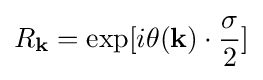
R_{\mathbf {k} }=\exp[i\mathbf {\theta (\mathbf {k} } )\cdot {\frac {\mathbf {\sigma } }{2}}]